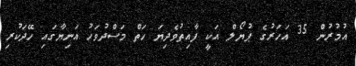
އުމުރުން 35 އަހަރުގެ ޕުޔޯލް އަކީ ފާއިތުވެދިޔަ ހަތް މަސްދުވަހު އަނިޔާގައި ހޭދަކުރި